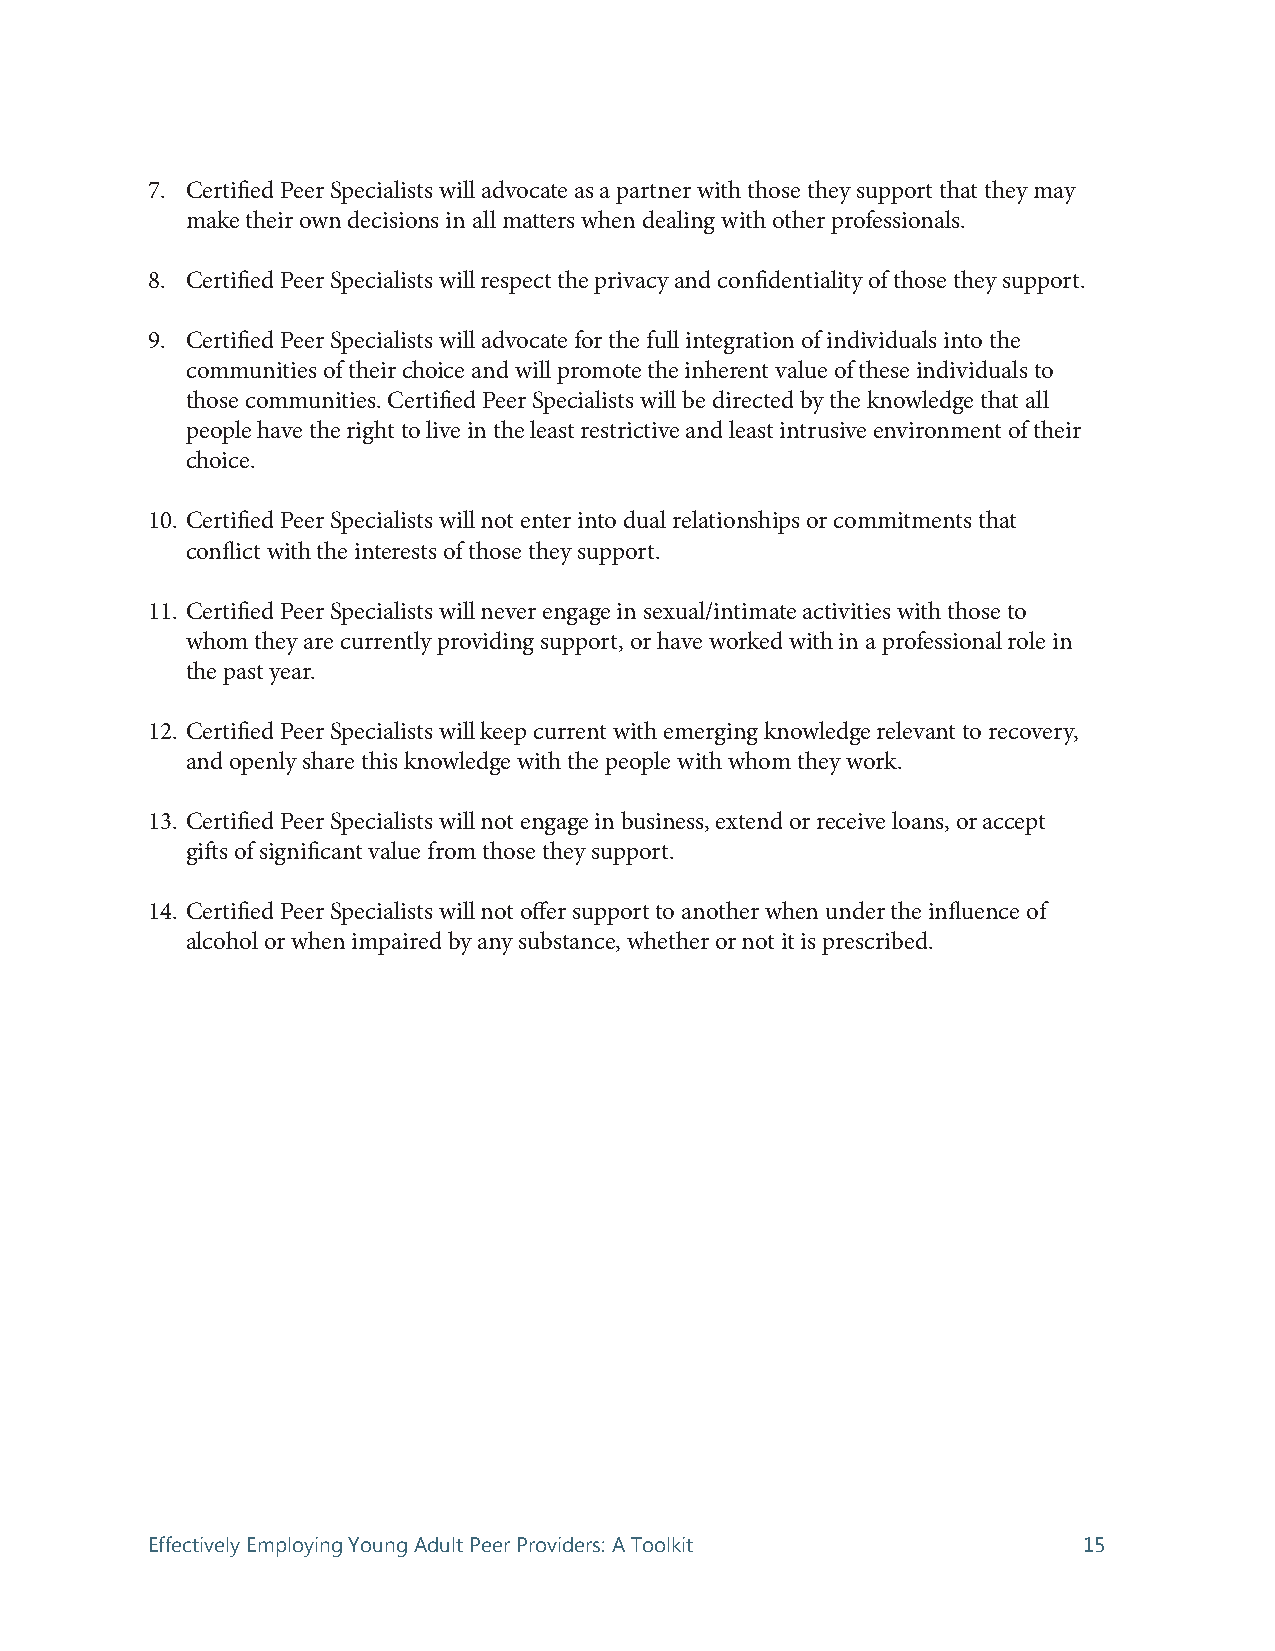
7. Certified Peer Specialists will advocate as a partner with those they support that they may
 make their own decisions in all matters when dealing with other professionals.
 8. Certified Peer Specialists will respect the privacy and confidentiality of those they support.
 9. Certified Peer Specialists will advocate for the full integration of individuals into the
 communities of their choice and will promote the inherent value of these individuals to
 those communities. Certified Peer Specialists will be directed by the knowledge that all
 people have the right to live in the least restrictive and least intrusive environment of their
 choice.
 10. Certified Peer Specialists will not enter into dual relationships or commitments that
 conflict with the interests of those they support.
 11. Certified Peer Specialists will never engage in sexual/intimate activities with those to
 whom they are currently providing support, or have worked with in a professional role in
 the past year.
 12. Certified Peer Specialists will keep current with emerging knowledge relevant to recovery,
 and openly share this knowledge with the people with whom they work.
 13. Certified Peer Specialists will not engage in business, extend or receive loans, or accept
 gifts of significant value from those they support.
 14. Certified Peer Specialists will not offer support to another when under the influence of
 alcohol or when impaired by any substance, whether or not it is prescribed.
 Effectively Employing Young Adult Peer Providers: A Toolkit   15